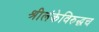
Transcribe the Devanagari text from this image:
श्रीलंकेविरुद्धच